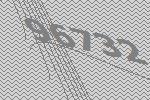
96732